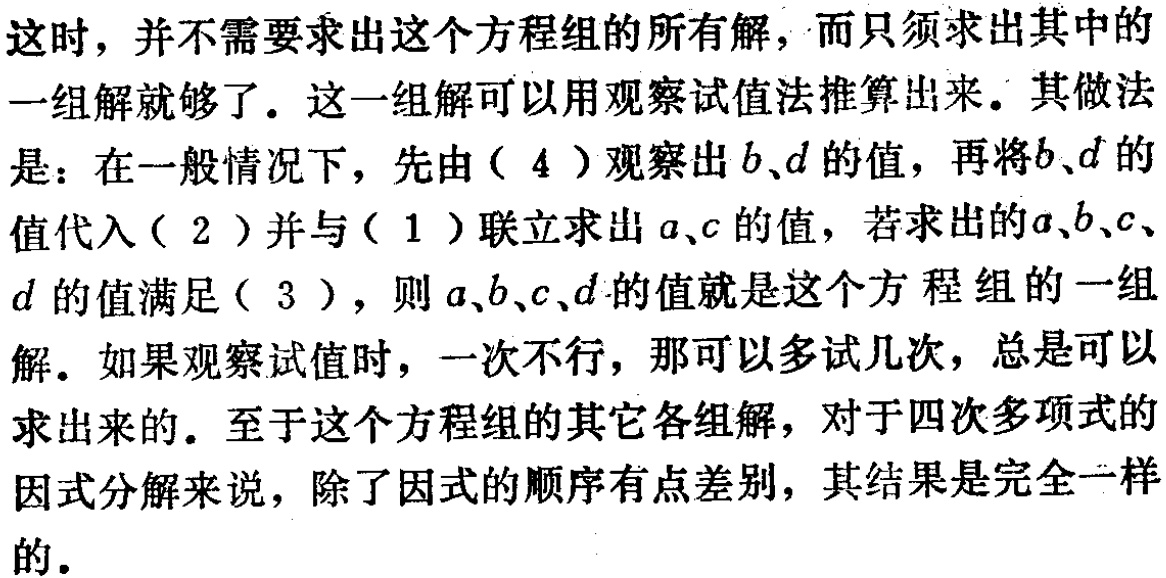
这时，并不需要求出这个方程组的所有解，而只须求出其中的
一组解就够了。这一组解可以用观察试值法推算出来。其做法
是：在一般情况下，先由（ 4 ）观察出\(b\)、\(d\)的值，再将\(b\)、\(d\)的
值代入（ 2 ）并与（ 1 ）联立求出\(a\)、\(c\)的值，若求出的\(a\)、\(b\)、\(c\)、
\(d\)的值满足（ 3 ），则\(a\)、\(b\)、\(c\)、\(d\)的值就是这个方程组的一组
解。如果观察试值时，一次不行，那可以多试几次，总是可以
求出来的。至于这个方程组的其它各组解，对于四次多项式的
因式分解来说，除了因式的顺序有点差别，其结果是完全一样
的。